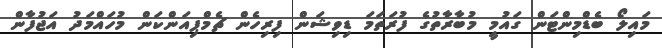
މައިލޯ ބެޑްމިންޓަން ގައުމީ މުބާރާތުގެ ފުރަތަމަ ޑިވިޝަން ފިރިހެން ޗެމްޕިއަންކަން މުހައްމަދު އަޖުފާން